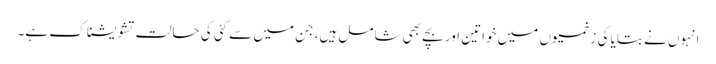
انہوں نے بتایا کی زخمیوں میں خواتین اور بچے بھی شامل ہیں، جن میں سے کئی کی حالت تشویشناک ہے۔